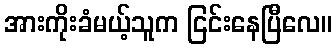
အားကိုးခံမယ့်သူက ငြင်းနေပြီလေ။